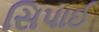
સિપાઈ